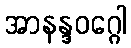
အာနန္ဒဝဂ္ဂေါ